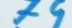
79